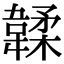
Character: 韖